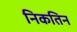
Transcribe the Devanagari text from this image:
निकतिन